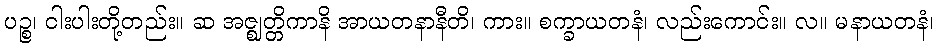
ပဉ္စ၊ ငါးပါးတို့တည်း။ ဆ အဇ္ဈတ္တိကာနိ အာယတနာနီတိ၊ ကား။ စက္ခာယတနံ၊ လည်းကောင်း။ လ။ မနာယတနံ၊